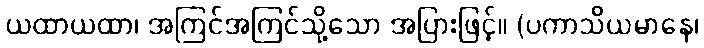
ယထာယထာ၊ အကြင်အကြင်သို့သော အပြားဖြင့်။ (ပကာသိယမာနေ၊